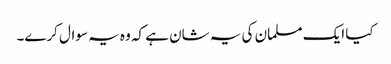
کیا ایک مسلمان کی یہ شان ہے کہ وہ یہ سوال کرے۔